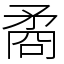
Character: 矞